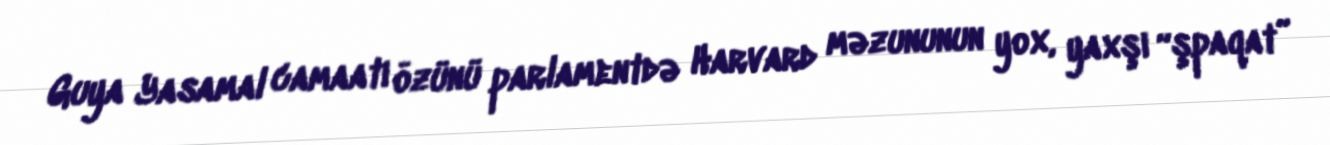
Guya Yasamal camaatı özünü parlamentdə Harvard məzununun yox, yaxşı “şpaqat”